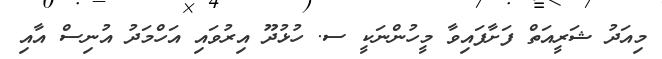
މިއަދު ޝަރީއަތް ފަށާފައިވާ މީހުންނަކީ ސ. ހުޅުދޫ އިރުވައި އަހްމަދު އުނިސް އާއި